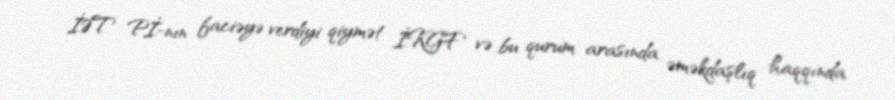
İƏT Pİ-nın faciəyə verdiyi qiymət İKGF və bu qurum arasında əməkdaşlıq haqqında